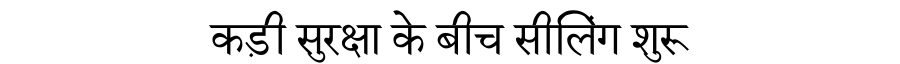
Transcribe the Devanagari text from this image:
कड़ी सुरक्षा के बीच सीलिंग शुरू